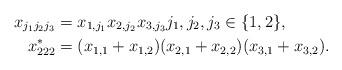
LaTeX: \begin{align*}x_{j_1j_2j_3} &= x_{1,j_1}x_{2,j_2}x_{3,j_3} j_1,j_2,j_3\in\{1,2\},\\x_{222}^* &= (x_{1,1}+x_{1,2})(x_{2,1}+x_{2,2})(x_{3,1}+x_{3,2}).\end{align*}